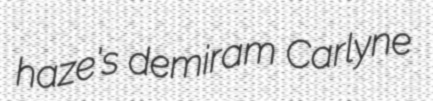
haze's demiram Carlyne